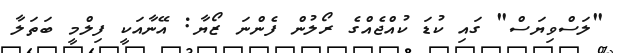
"ލަސްވިޔަސް" ގައި ކުޑަ ކުއްޖެއްގެ ރޯލުން ފެންނަ ޒޯޔާ: އޭނާއަކީ ފިލްމީ ބަތަލާ